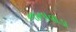
નાનાવાડા